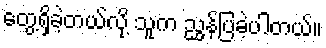
တွေ့ရှိခဲ့တယ်လို့ သူက ညွှန်ပြခဲ့ပါတယ်။